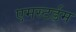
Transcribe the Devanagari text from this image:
एमस्टर्डम